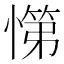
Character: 𭞟